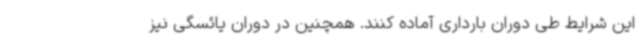
این شرایط طی دوران بارداری آماده کنند. همچنین در دوران یائسگی نیز